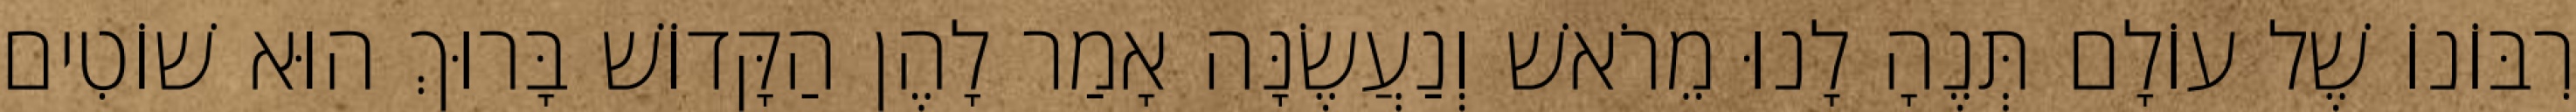
רִבּוֹנוֹ שֶׁל עוֹלָם תְּנֶהָ לָנוּ מֵרֹאשׁ וְנַעֲשֶׂנָּה אָמַר לָהֶן הַקָּדוֹשׁ בָּרוּךְ הוּא שׁוֹטִים